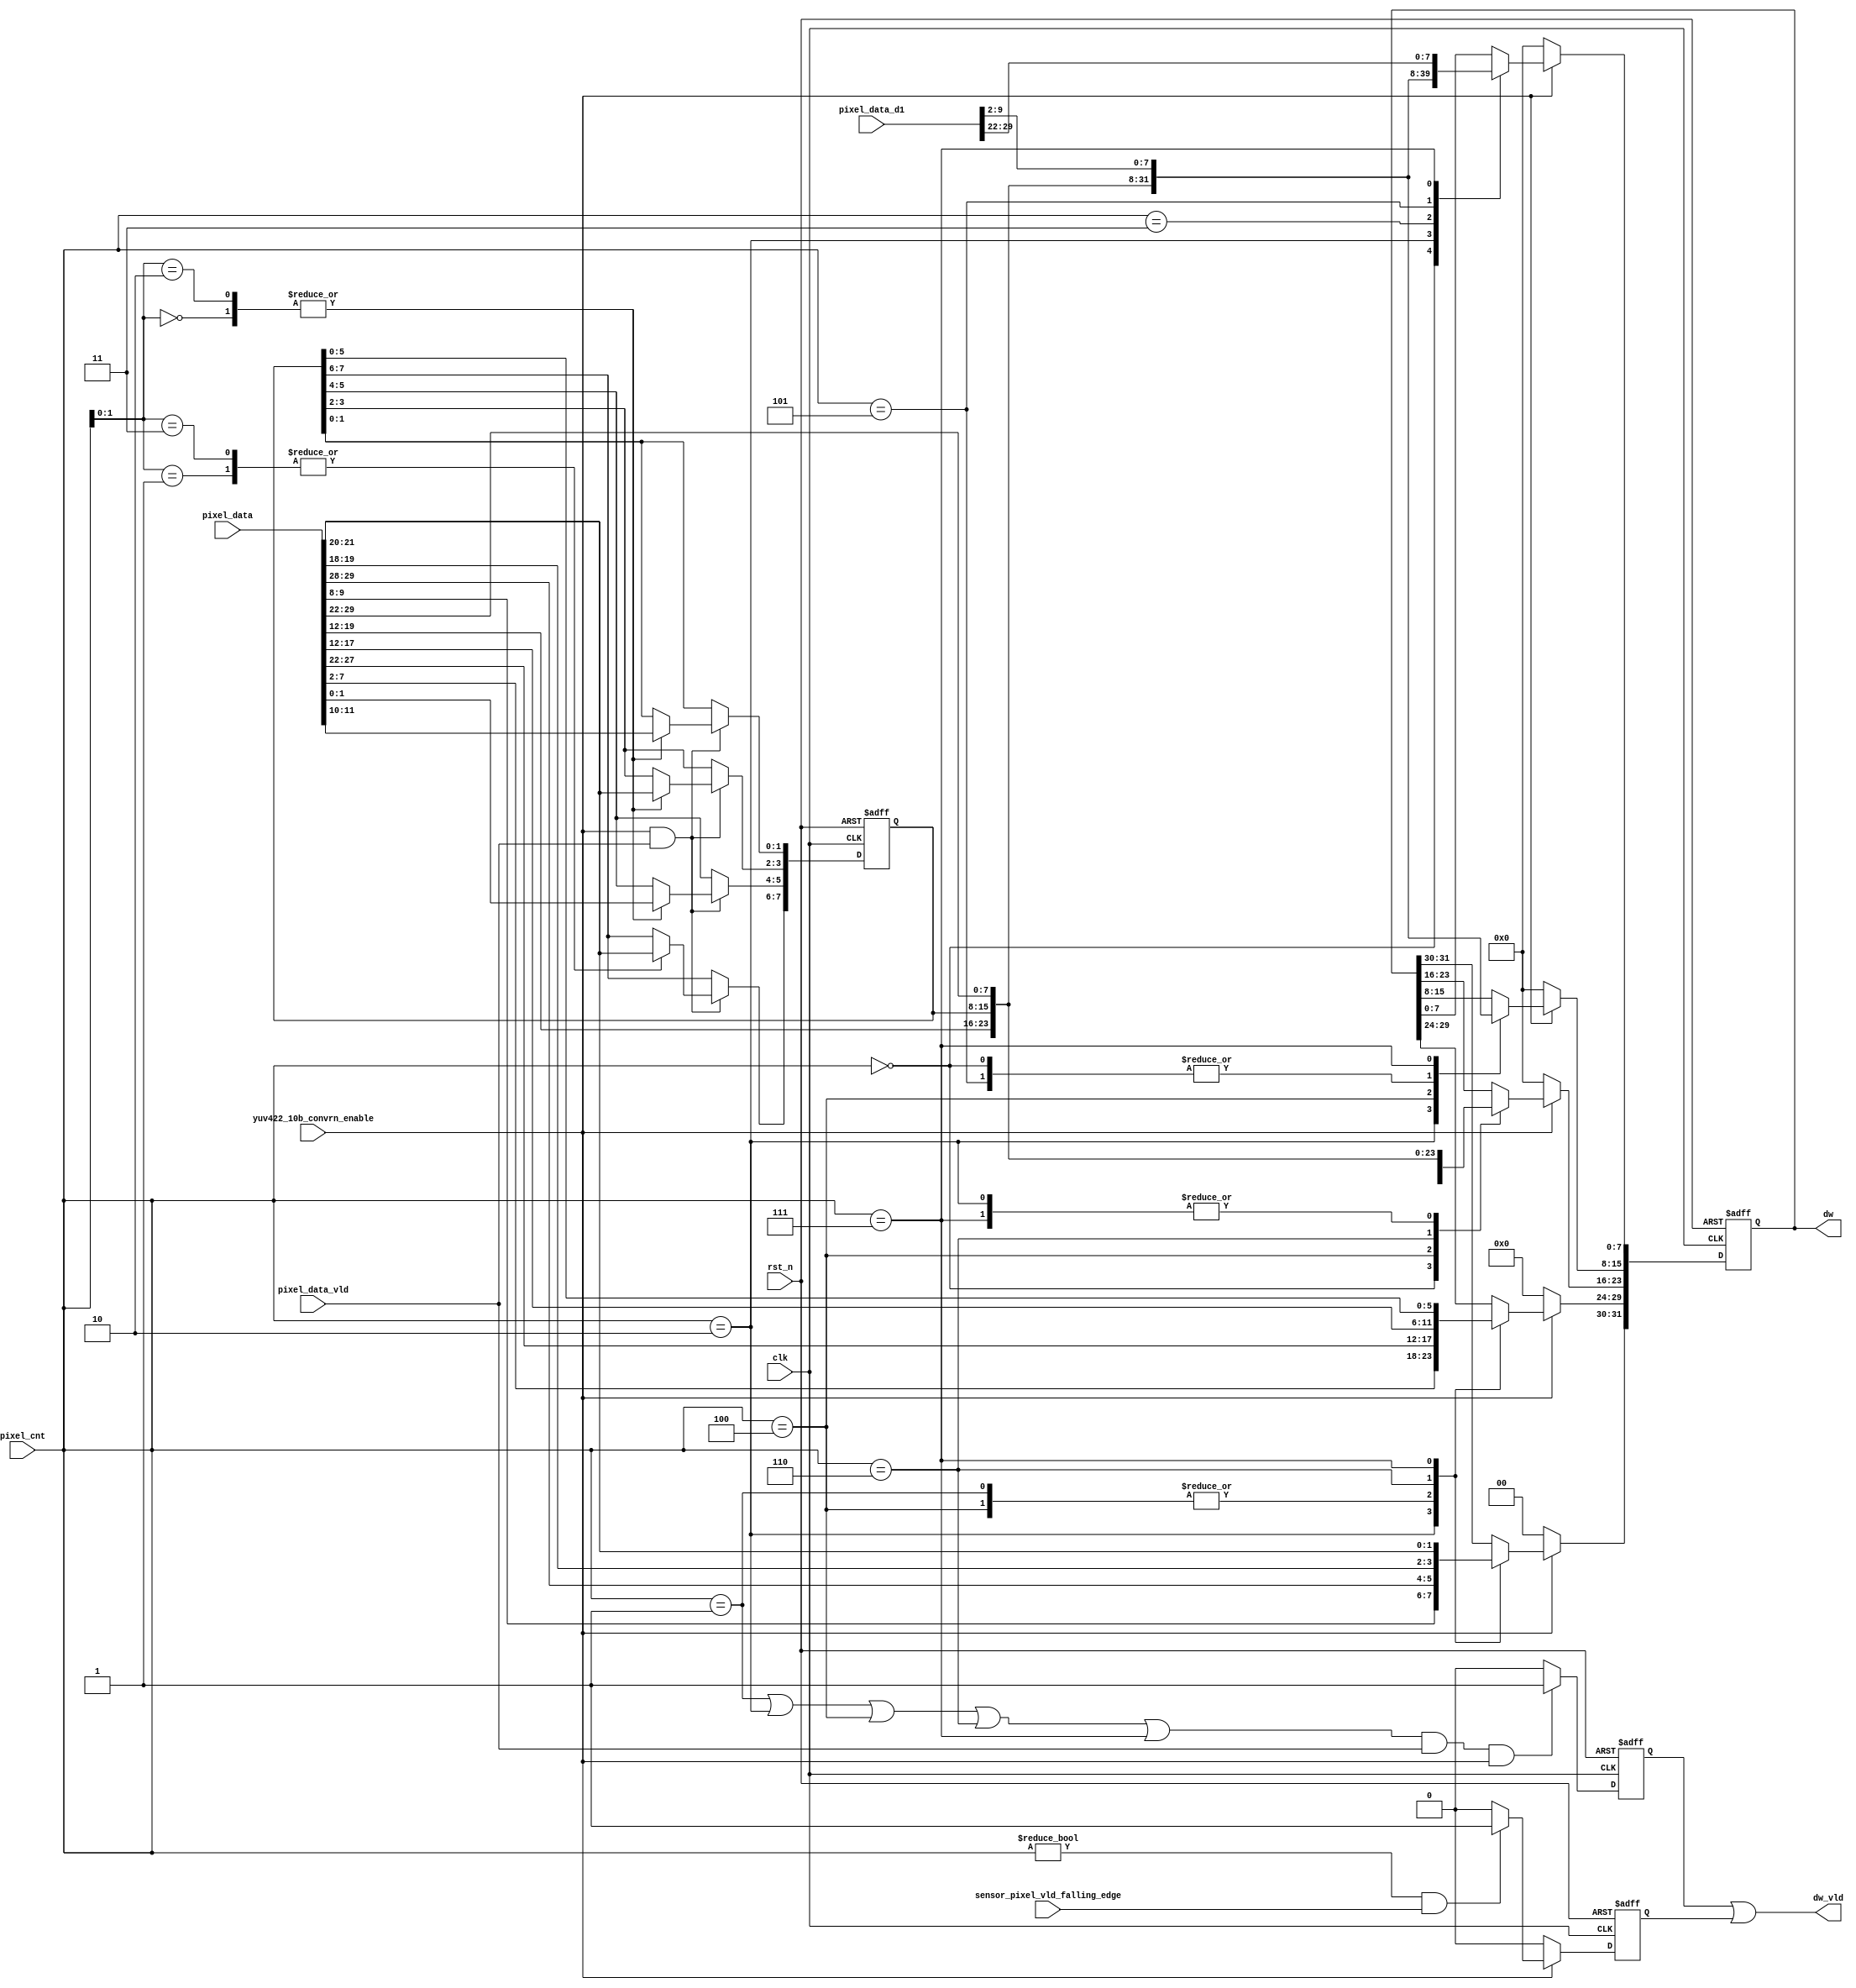
module csi2tx_yuv422_10b_p2b 
 (
 input  wire         clk,
 input  wire         rst_n,
 input  wire [2:0]   pixel_cnt,
 input  wire [31:0]  pixel_data,
 input  wire [31:0]  pixel_data_d1,
 input  wire         pixel_data_vld,
 input  wire         sensor_pixel_vld_falling_edge,
 input  wire         yuv422_10b_convrn_enable,
 output wire [31:0]  dw,
 output wire         dw_vld
 );

 reg  [31:0] dw_reg;
 reg         dw_vld_s;
 wire        min_rxed_pkt_vld; 
 reg  [7:0]  lsb_pxl_reg;         
 reg         d_min_rxed_pkt_vld; 
 
 /*---------------------------------------------------------------------------*/
 // Output valid generation, when the received packet 4 pixel
 // count is checked for one extra bcuase of falling edge detection of the vld
 // from the sensor interface
 
 assign min_rxed_pkt_vld = ( yuv422_10b_convrn_enable  ? 
                           ((( pixel_cnt[2:0] != 0  ) && sensor_pixel_vld_falling_edge ) ? 1'b1 : 1'b0 ) 
                           : 1'b0 );
                           
 // This section is a must, otherwise the min and actual will overlap
 always@(posedge clk or negedge rst_n)
 begin
  if ( rst_n == 1'b0 )
   d_min_rxed_pkt_vld <= 1'b0;
  else
   d_min_rxed_pkt_vld <= min_rxed_pkt_vld;
 end
                           
 /*---------------------------------------------------------------------------*/
 always@(posedge clk or negedge rst_n)
 begin
  if ( rst_n == 1'b0)
   lsb_pxl_reg <= 8'b0;
  else if ( (yuv422_10b_convrn_enable == 1'b1) && pixel_data_vld)  
   case (pixel_cnt[1:0])
    2'b00 : 
    begin
     lsb_pxl_reg[1:0]   <= pixel_data[11:10];
     lsb_pxl_reg[3:2]   <= pixel_data[21:20];
     lsb_pxl_reg[5:4]   <= pixel_data[1:0];
    end
    2'b01 : lsb_pxl_reg[7:6]   <= pixel_data[21:20];
    2'b10 : 
    begin
     lsb_pxl_reg[1:0]   <= pixel_data[11:10];
     lsb_pxl_reg[3:2]   <= pixel_data[21:20];
     lsb_pxl_reg[5:4]   <= pixel_data[1:0];
    end
    2'b11 : lsb_pxl_reg[7:6]   <= pixel_data[21:20];
    default : lsb_pxl_reg[7:0] <= 8'b0;
   endcase 
 end
                           
 /*---------------------------------------------------------------------------*/
 // Logic to convert the pixel to dw
 // This is been registerd as this interface is expected to work at around 400Mhz
 always@(posedge clk or negedge rst_n)
 begin
  if (rst_n == 1'b0)
   dw_reg <= 32'b0;
  else if (yuv422_10b_convrn_enable == 1'b1) // even
   case(pixel_cnt[2:0])
    3'b000 : begin
     dw_reg[7:0] <= pixel_data[19:12];
     dw_reg[15:8] <= pixel_data[29:22];
     dw_reg[23:16] <= pixel_data[9:2];
    end 
    3'b001 : dw_reg[31:24] <= pixel_data[29:22];
    3'b010 : begin
     dw_reg[7:0] <= lsb_pxl_reg;
     dw_reg[15:8] <= pixel_data[19:12];
     dw_reg[23:16] <= pixel_data[29:22];
     dw_reg[31:24] <= pixel_data[9:2];
    end
    3'b011 : begin
     dw_reg[7:0] <= pixel_data[29:22];
    end
    3'b100 : begin
     dw_reg[15:8] <=  lsb_pxl_reg;
     dw_reg[23:16] <= pixel_data[19:12];
     dw_reg[31:24] <= pixel_data[29:22];
    end
    3'b101 : begin
     dw_reg[7:0] <= pixel_data_d1[9:2];
     dw_reg[15:8] <= pixel_data[29:22];
    end
    3'b110 : begin
     dw_reg[23:16] <= lsb_pxl_reg;
     dw_reg[31:24] <= pixel_data[19:12];
    end
    3'b111 : begin
     dw_reg[7:0] <= pixel_data_d1[29:22];
     dw_reg[15:8] <= pixel_data_d1[9:2];
     dw_reg[23:16] <= pixel_data[29:22];
     dw_reg[29:24] <= lsb_pxl_reg[5:0];
     dw_reg[31:30] <= pixel_data[21:20];
    end   
   endcase
  else
   dw_reg <= 32'b0;   
 end 
 
 assign dw = dw_reg;
 
  // As the data valid is registered version, check the count one clock before
  always@(posedge clk or negedge rst_n)
  begin
   if ( rst_n == 1'b0 )
    dw_vld_s <= 1'b0;
   else if ( ((pixel_cnt[2:0] == 3'b001) || (pixel_cnt[2:0] == 3'b010) || (pixel_cnt[2:0] == 3'b100)
   || (pixel_cnt[2:0] == 3'b110) || (pixel_cnt[2:0] == 3'b111)) && (pixel_data_vld) && (yuv422_10b_convrn_enable) )
    dw_vld_s <= 1'b1;
   else
    dw_vld_s <= 1'b0;              
  end
  
  assign dw_vld = (dw_vld_s || d_min_rxed_pkt_vld);
 
endmodule